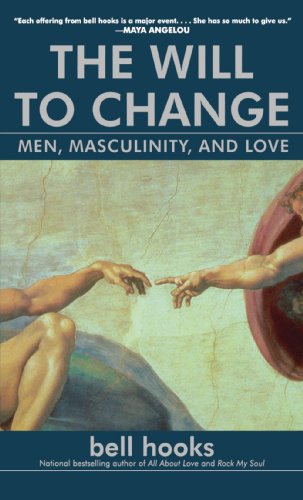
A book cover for The Will to Change: Men, Masculinity, and Love; bell hooks; Literature & Fiction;